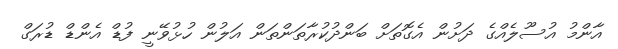
އާންމު އުސޫލެއްގެ ދަށުން އެގޮތަށް ބަންދުކުރާތަންތަން އަލުން ހުޅުވޭނީ ފުޑް އެންޑް ޑުރަގް